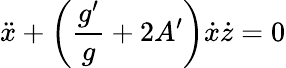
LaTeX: \ddot{x}+\left(\frac{g^{\prime}}{g}+2A^{\prime}\right)\dot{x}\dot{z}=0